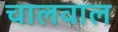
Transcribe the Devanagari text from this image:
चालवाल